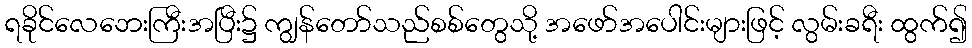
ရခိုင်လေဘေးကြီးအပြီး၌ ကျွန်တော်သည်စစ်တွေသို့ အဖော်အပေါင်းများဖြင့် လွမ်းခရီး ထွက်၍